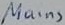
Text: Mains